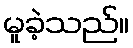
မူခဲ့သည်။